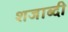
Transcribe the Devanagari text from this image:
शजाब्दी